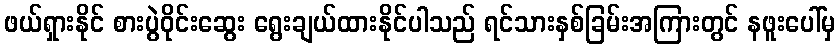
ဖယ်ရှားနိုင် စားပွဲဝိုင်းဆွေး ရွေးချယ်ထားနိုင်ပါသည် ရင်သားနှစ်ခြမ်းအကြားတွင် နဖူးပေါ်မှ